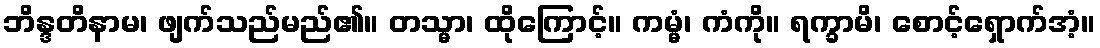
ဘိန္ဒတိနာမ၊ ဖျက်သည်မည်၏။ တသ္မာ၊ ထိုကြောင့်။ ကမ္မံ၊ ကံကို။ ရက္ခာမိ၊ စောင့်ရှောက်အံ့။